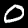
Digit: 0